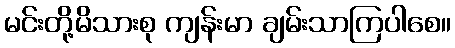
မင်းတို့မိသားစု ကျန်းမာ ချမ်းသာကြပါစေ။